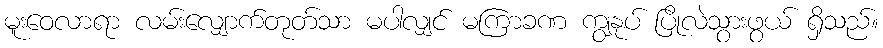
မူးဝေလာရာ လမ်းလျှောက်တုတ်သာ မပါလျှင် မကြာခဏ ကျွနုပ် ပြိုလဲသွားဖွယ် ရှိသည်။